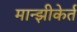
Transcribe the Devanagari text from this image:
मान्झीकेर्त